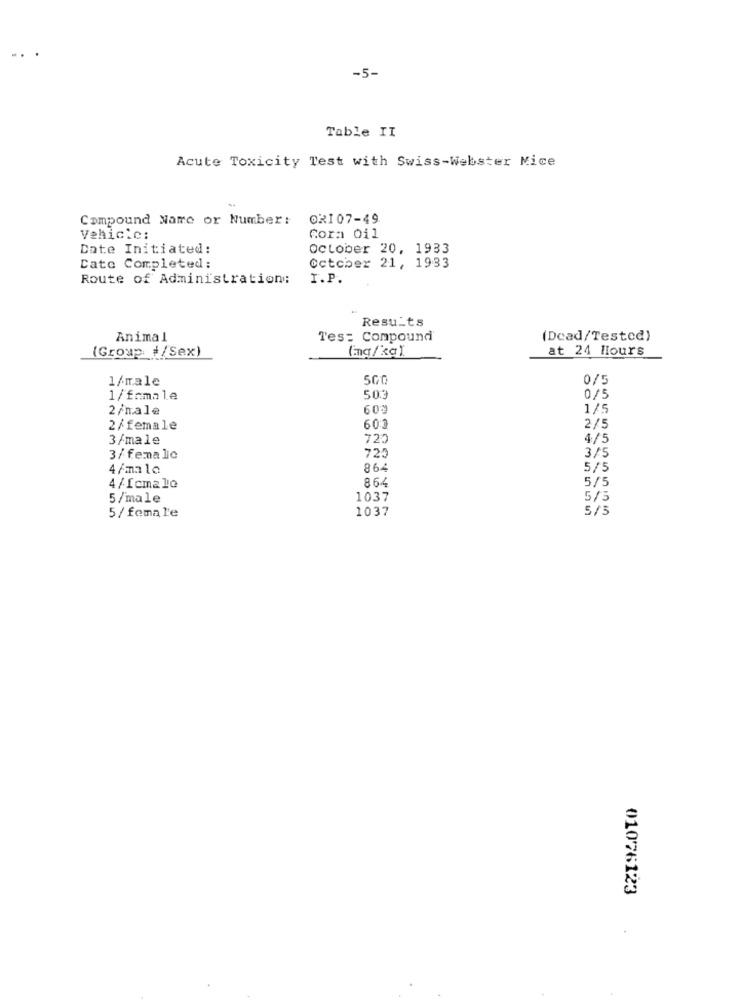
-5-
Table II
Acute Toxicity Test with Swiss-Webster Mice
Compound Name or Number:
ORI 07-49
Vehicle:
Cora Oil
Date Initiated:
october 20, 1933
October 21, 1933
Cato Completed:
Route of Administration:
I.P.
Results
Animal
Tes: Compound
(Dead/Tested)
(Group #/Sex)
(ag/ka)
at 24 Hours
1/male
0/5
1/famale
50.3
0/5
2/male
60%
1/5
2/female
603
2/5
3/male
720
4/5
3/5
3/ female
725
4/mala
864
5/5
8.64
5/5
4/Icmale
5/male
1037
5/5
5/ female
1037
5/5
01076123